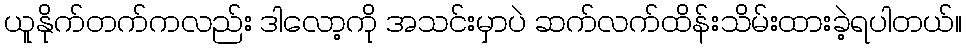
ယူနိုက်တက်ကလည်း ဒါလော့ကို အသင်းမှာပဲ ဆက်လက်ထိန်းသိမ်းထားခဲ့ရပါတယ်။